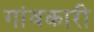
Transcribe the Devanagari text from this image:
गांवकारी